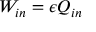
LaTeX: W _ { i n } = \epsilon Q _ { i n }